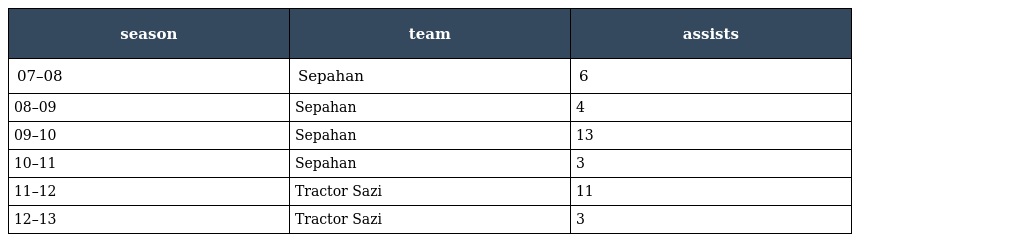
| season | team | assists |
 | --- | --- | --- |
 | 07–08 | Sepahan | 6 |
 | 08–09 | Sepahan | 4 |
 | 09–10 | Sepahan | 13 |
 | 10–11 | Sepahan | 3 |
 | 11–12 | Tractor Sazi | 11 |
 | 12–13 | Tractor Sazi | 3 |